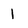
Character: 1